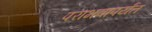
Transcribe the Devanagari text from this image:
पराभवापर्यंत